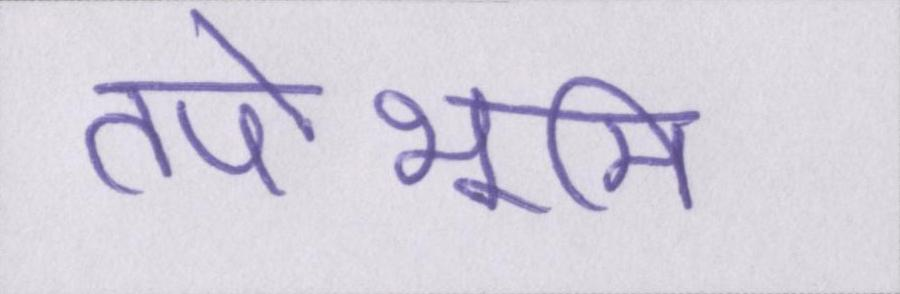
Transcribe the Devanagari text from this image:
तपोभूमि